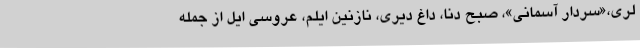
لری،«سردار آسمانی»، صبح دنا، داغ دیری، نازنین ایلم، عروسی ایل از جمله